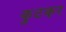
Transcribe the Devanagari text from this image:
कुटकर